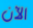
الآن